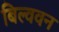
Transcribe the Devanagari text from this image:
बिल्ववन